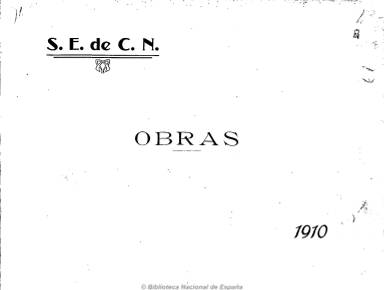
Título: Resumen de obras
Otros títulos: Obras || Título: Resumen de los trabajos efectuados ..., <1910-1911>
Colección: Navegación || Industria
Ámbito geográfico: Madrid
Lugar de publicación: Madrid
Fechas: 01/01/1910-31/12/1931

Anuario de la Sociedad Española de Construcción Naval, o simplemente “La Naval”, constituida en 1908 para la construcción de buques para la Armada española, que obtiene la concesión de los arsenales de Ferrol y Cartagena y de los talleres de La Carraca de Cádiz, y que, en 1915, amplia su actividad a la construcción de buques mercantes.

Muy ilustrado, con fotografías y croquis de las instalaciones y barcos que anualmente va fabricando esta sociedad de capital hispano-británico, que en 1969 constituirá la empresa Astilleros Españoles, tanto en los arsenales citados como en los astilleros de Bilbao y Gijón.